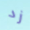
زد